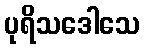
ပုရိသဒေါသေ